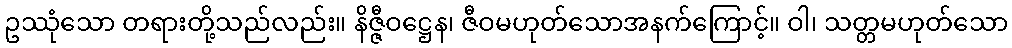
ဥဿုံသော တရားတို့သည်လည်း။ နိဇ္ဇီဝဋ္ဌေန၊ ဇီဝမဟုတ်သောအနက်ကြောင့်။ ဝါ၊ သတ္တမဟုတ်သော